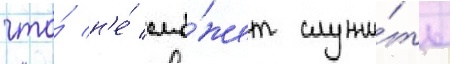
что́ н'е́ смо́жет служи́ть